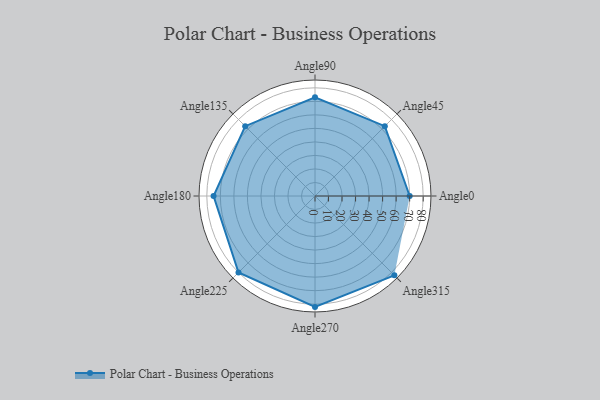
{"axis": {"x": "Angle", "y": "Radius"}, "legend": [""], "data": [{"x": "Angle0", "y": 70.0, "type": ""}, {"x": "Angle45", "y": 73.0, "type": ""}, {"x": "Angle90", "y": 73.0, "type": ""}, {"x": "Angle135", "y": 73.0, "type": ""}, {"x": "Angle180", "y": 75.0, "type": ""}, {"x": "Angle225", "y": 80.0, "type": ""}, {"x": "Angle270", "y": 82.0, "type": ""}, {"x": "Angle315", "y": 83.0, "type": ""}]}